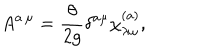
A ^ { a \, \mu } = \frac { \theta } { 2 g } \delta ^ { a \mu } \chi _ { \lambda \omega } ^ { ( a ) } ,